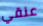
عنقي